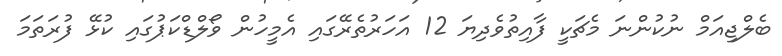
ބެލްޖިއަމް ނުކުންނަ މެޗަކީ ފާއިތުވެދިޔަ 12 އަހަރުތެރޭގައި އެމީހުން ވޯލްޑްކަޕުގައި ކުޅޭ ފުރަތަމަ